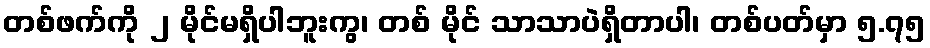
တစ်ဖက်ကို ၂ မိုင်မရှိပါဘူးကွ၊ တစ် မိုင် သာသာပဲရှိတာပါ၊ တစ်ပတ်မှာ ၅.၇၅